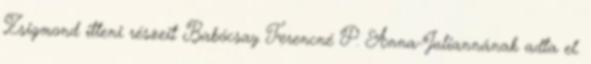
Zsigmond itteni részeit Babócsay Ferencné P. Anna-Juliannának adta el.